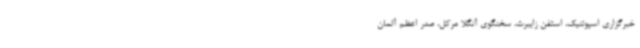
خبرگزاری اسپوتنیک، استفن زایبرت، سخنگوی آنگلا مرکل، صدر اعظم آلمان